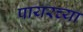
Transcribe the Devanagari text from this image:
पायरच्या